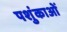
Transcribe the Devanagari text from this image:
पशुंकाओं